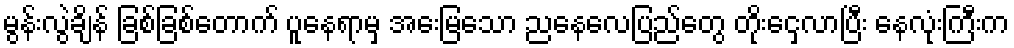
မွန်းလွဲချိန် ခြစ်ခြစ်တောက် ပူနေရာမှ အေးမြသော ညနေလေပြည်တွေ တိုးငှေ့လာပြီး နေလုံးကြီးက